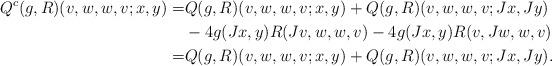
LaTeX: \begin{align*}Q^c(g,R)(v,w,w,v;x,y)=&Q(g,R)(v,w,w,v;x,y)+Q(g,R)(v,w,w,v;Jx,Jy)\\&-4 g(Jx,y)R(Jv,w,w,v)-4 g(Jx,y)R(v,Jw,w,v)\\=&Q(g,R)(v,w,w,v;x,y)+Q(g,R)(v,w,w,v;Jx,Jy).\end{align*}